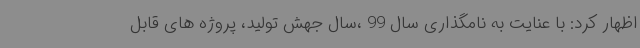
اظهار کرد: با عنایت به نامگذاری سال 99 ،سال جهش تولید، پروژه های قابل